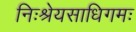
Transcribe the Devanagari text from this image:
निःश्रेयसाधिगमः